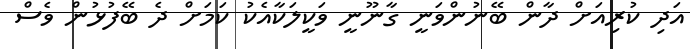
އަދި ކުރިއަށް ދާން ބޭނުންވަނީ ގާނޫނީ ވަކީލަކާއެކު ކަމަށް ދެ ބޭފުޅުން ވެސް